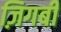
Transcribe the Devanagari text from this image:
ज़िगबी